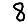
Digit: 8